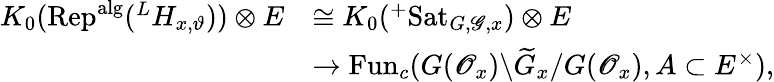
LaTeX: \begin{array}{rl}{K_{0}(\mathrm{Rep}^{\mathrm{alg}}(^{L}H_{x,\vartheta}))\otimes E}&{\cong K_{0}(^{+}\mathrm{Sat}_{G,\mathscr G,x})\otimes E}\\ &{\rightarrow\operatorname{Fun}_{c}(G(\mathscr O_{x})\backslash\widetilde G_{x}/G(\mathscr O_{x}),A\subset E^{\times}),}\end{array}